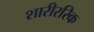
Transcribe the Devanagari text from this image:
शारीररिक